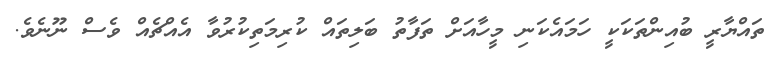
ތައްޔާރީ ބުއިންތަކަކީ ހަމައެކަނި މީހާއަށް ތަފާތު ބަލިތައް ކުރިމަތިކުރުވާ އެއްޗެއް ވެސް ނޫނެވެ.